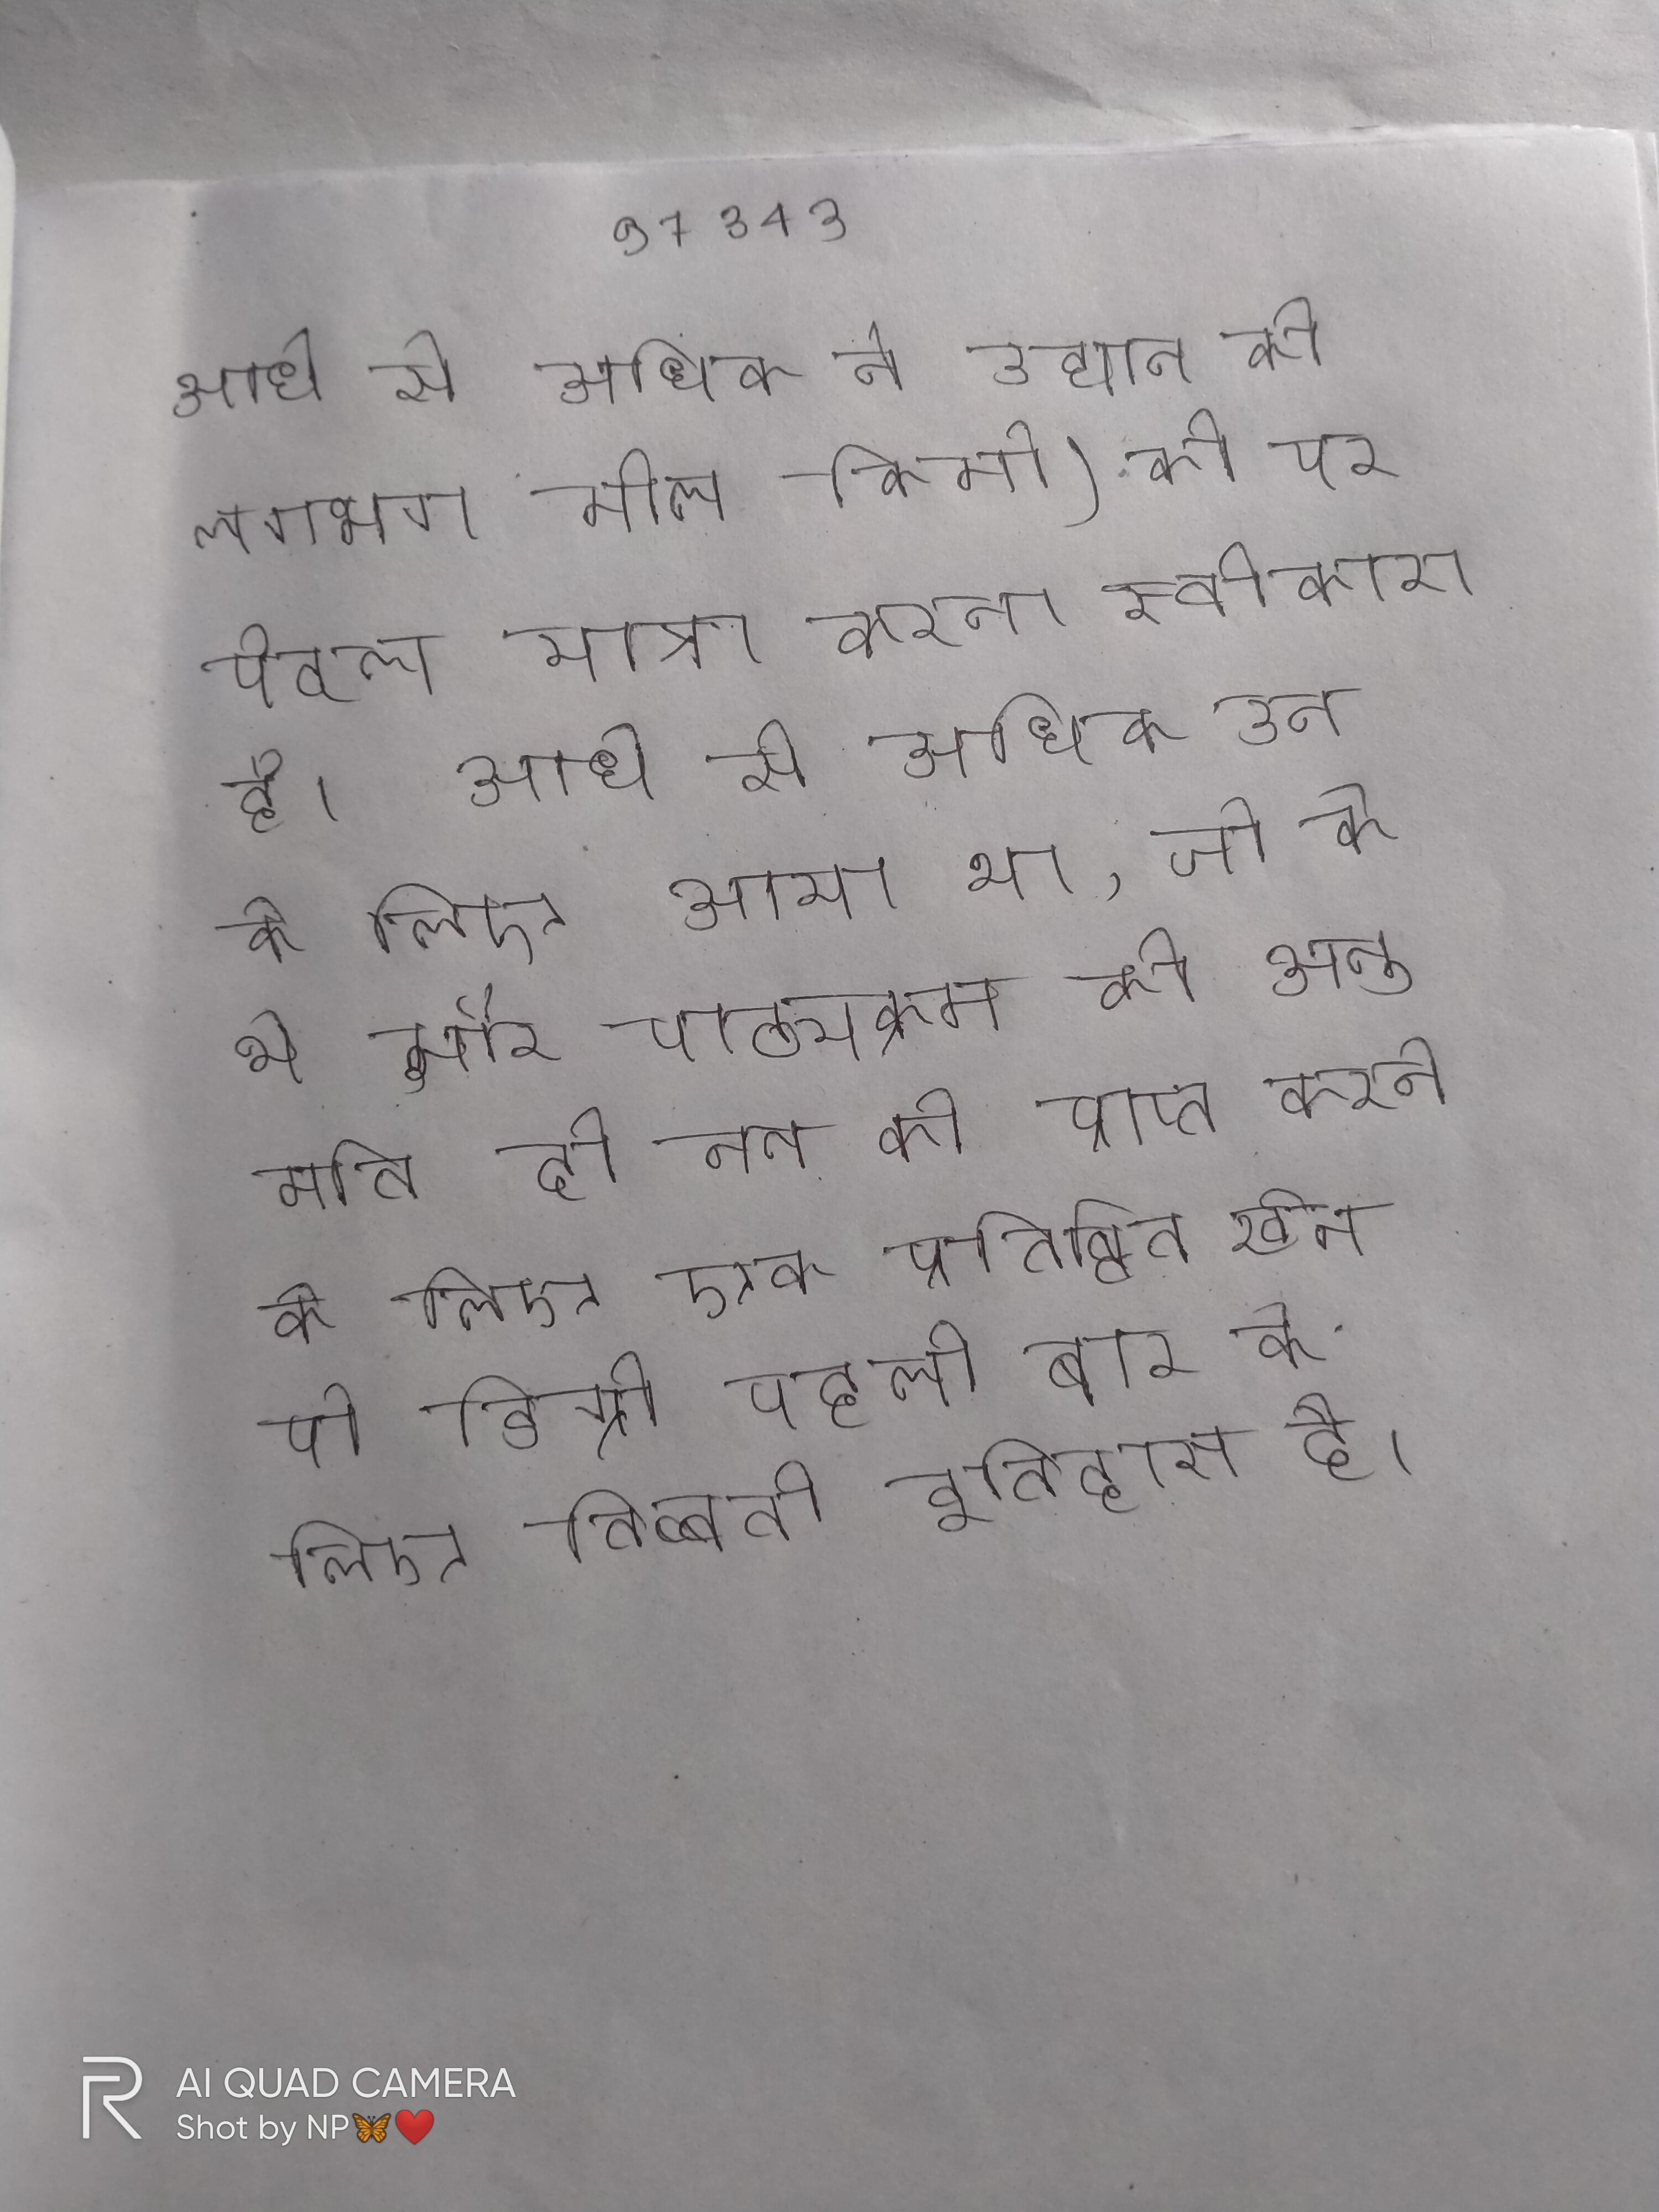
आधे से अधिक ने उद्यान की लगभग मील किमी) की पर पैदल यात्रा करना स्वीकारा है । आधे से अधिक उन के लिए आया था, जो के थे और पाठ्यक्रम की अनुमति दी नन को प्राप्त करने के लिए एक प्रतिष्ठित खेनपो डिग्री पहली बार के लिए तिब्बती इतिहास है ।